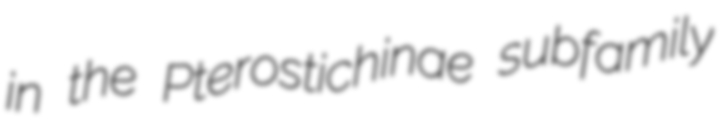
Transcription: in the Pterostichinae subfamily